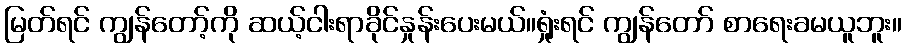
မြတ်ရင် ကျွန်တော့်ကို ဆယ့်ငါးရာခိုင်နှုန်းပေးမယ်။ရှုံးရင် ကျွန်တော် စာရေးခမယူဘူး။